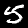
Label: 5